Vaccination in Bombay 1869-1873 - 1869-1873
Year: 1869
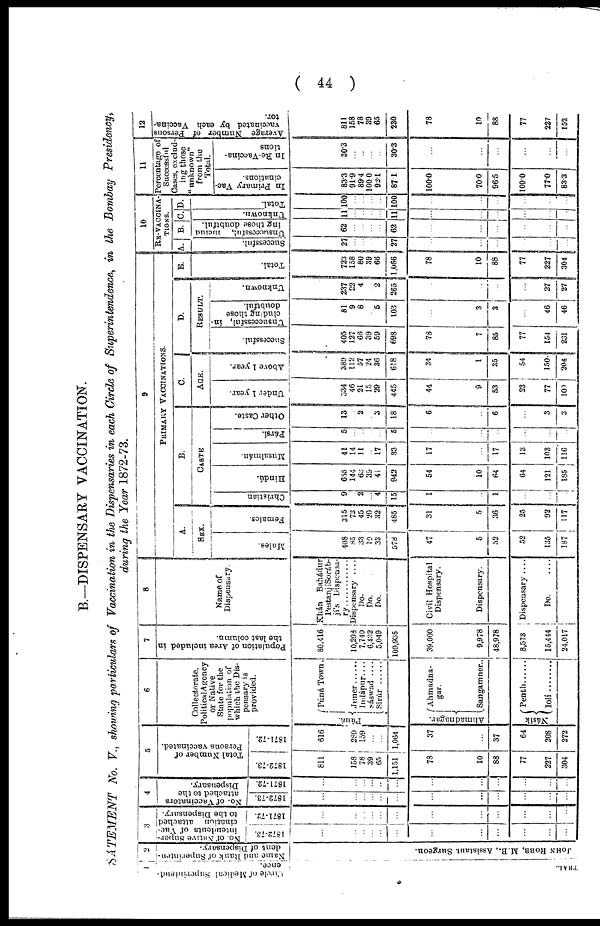
(
44 )
B.—DISPENSARY VACCINATION.
SATEMENT No. V., showing particulars of Vaccination in the Dispensaries in each Circle of Superintendence, in the Bombay Presidency,
during the Year 1872-73.
1
Circle of Medical Superintend-
ence.
TRAL.
2
Name and Rank of Superinten¬
dent of Dispensary.
JOHN ROBB, M.B., Assistant Surgeon.
3
No. of Native Super¬
intendents of Vac¬
cination attached
to the Dispensary.
1872-73.
...
...
...
...
...
...
...
...
...
...
...
...
1871-72.
...
...
...
...
...
...
...
...
...
...
...
...
4
No. of Vaccinators
attached to the
Dispensary.
1872-73.
...
...
...
...
...
...
...
...
...
...
...
...
1871-72.
...
...
...
...
...
...
...
...
...
...
...
...
5
Total Number of
Persons vaccinated.
1872-73.
811
158
78
39
65
1,151
78
10
88
77
227
304
1871-72.
616
289
159
...
...
1,064
37
...
37
64
208
272
6
Collectorate,
Political Agency
or Native
State for the
population of
which the Dis-
pensary is
provided.
Púná.
Púná Town.
Juner......
Indápur....
Sáswad ....
Sirúr ......
Ahmadnagar.
Ahmadna¬
gar.
Sangamner..
Násik
Penth......
Iolí ........
7
Population of Area included in
the last column.
80,416
10,298
7,740
6,432
5,049
109,935
39,000
9,978
48,978
8,573
15,444
24,017
8
Name of
Dispensary.
Khán
Bahádur
PestanjíSoráb¬
jí's Dispensa¬
ry ............
Dispensary
....
Do.
Do.
Do.
Civil Hospital
Dispensary.
Dispensary.
Dispensary ....
Do.
...
9
PRIMARY VACCINATIONS.
A.
SEX.
Males.
408
85
33
10
33
578
47
5
52
52
135
187
Females.
315
73
45
20
32
485
31
5
36
25
92
117
B.
CASTE
Christian.
9
2
...
4
15
1
...
1
...
...
...
Hindú.
655
144
63
39
41
942
54
10
64
64
121
185
Musalmán.
41
14
11
... 17
83
17
...
17
13
103
116
Pársí.
5
...
..
...
...
5
...
...
...
...
...
...
Other Caste.
13
...
2
... 3
18
6
...
6
...
3
3
C.
AGE.
Under 1 year.
334
46
21
15
29
445
44
9
53
23
77
100
Above 1 year.
389
112
57
24
36
618
34
1
35
54
150
204
D.
RESULT.
Successful.
405
127
68
39
59
698
78
7
85
77
154
231
Unsuccessful, in-
cluding those
doubtful.
81
9
8
... 5
103
...
3
3
...
46
46
Unknown.
237
22
4
... 2
265
...
...
...
...
27
27
E.
Total.
723
158
80
39
66
1,066
78
10
88
77
227
304
10
RE-VACCINA¬
TIONS.
A.
Successful.
27
...
...
...
...
27
...
...
...
...
...
...
B.
Unsuccessful, includ¬
ing those doubtful.
62
...
...
...
...
62
...
...
...
...
...
...
C.
Unknown.
11
...
...
...
...
11
...
...
...
...
...
...
D.
Total.
100
...
...
...
...
100
...
...
...
...
...
...
11
Percentage of
Successful
Cases, exclud-
ing those
"unknown"
from the
Total.
In Primary Vac-
cinations.
83.3
91.9
89.4
100.0
92.1
87.1
100.0
70.0
96.5
100.0
77.0
83.3
In Re-Vaccina¬
tions
30.3
...
...
...
...
30.3
...
...
...
...
...
...
12
Average Number of Persons
vaccinated by each Vaccina¬
tor.
811
158
78
39
65
230
78
10
88
77
227
152